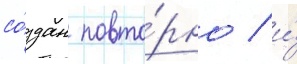
со́здан повто́рно / и́